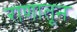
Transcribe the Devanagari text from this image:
राणातून